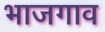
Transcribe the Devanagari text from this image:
भाजगाव